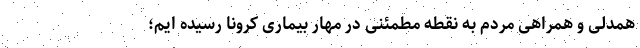
همدلی و همراهی مردم به نقطه مطمئنی در مهار بیماری کرونا رسیده ایم؛